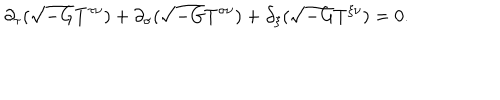
\partial _ { \tau } ( \sqrt { - G } T ^ { \tau \nu } ) + \partial _ { \sigma } ( \sqrt { - G } T ^ { \sigma \nu } ) + \partial _ { \xi } ( \sqrt { - G } T ^ { \xi \nu } ) = 0 .